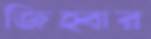
জিহ্বার